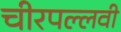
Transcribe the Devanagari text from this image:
चीरपल्लवी